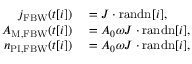
\begin{array} { r l } { j _ { \mathrm { F B W } } ( t [ i ] ) } & { { } = J \cdot \mathrm { r a n d n } [ i ] , } \\ { A _ { \mathrm { M , F B W } } ( t [ i ] ) } & { { } = A _ { 0 } \omega J \cdot \mathrm { r a n d n } [ i ] , } \\ { n _ { \mathrm { P I , F B W } } ( t [ i ] ) } & { { } = A _ { 0 } \omega J \cdot \mathrm { r a n d n } [ i ] , } \end{array}